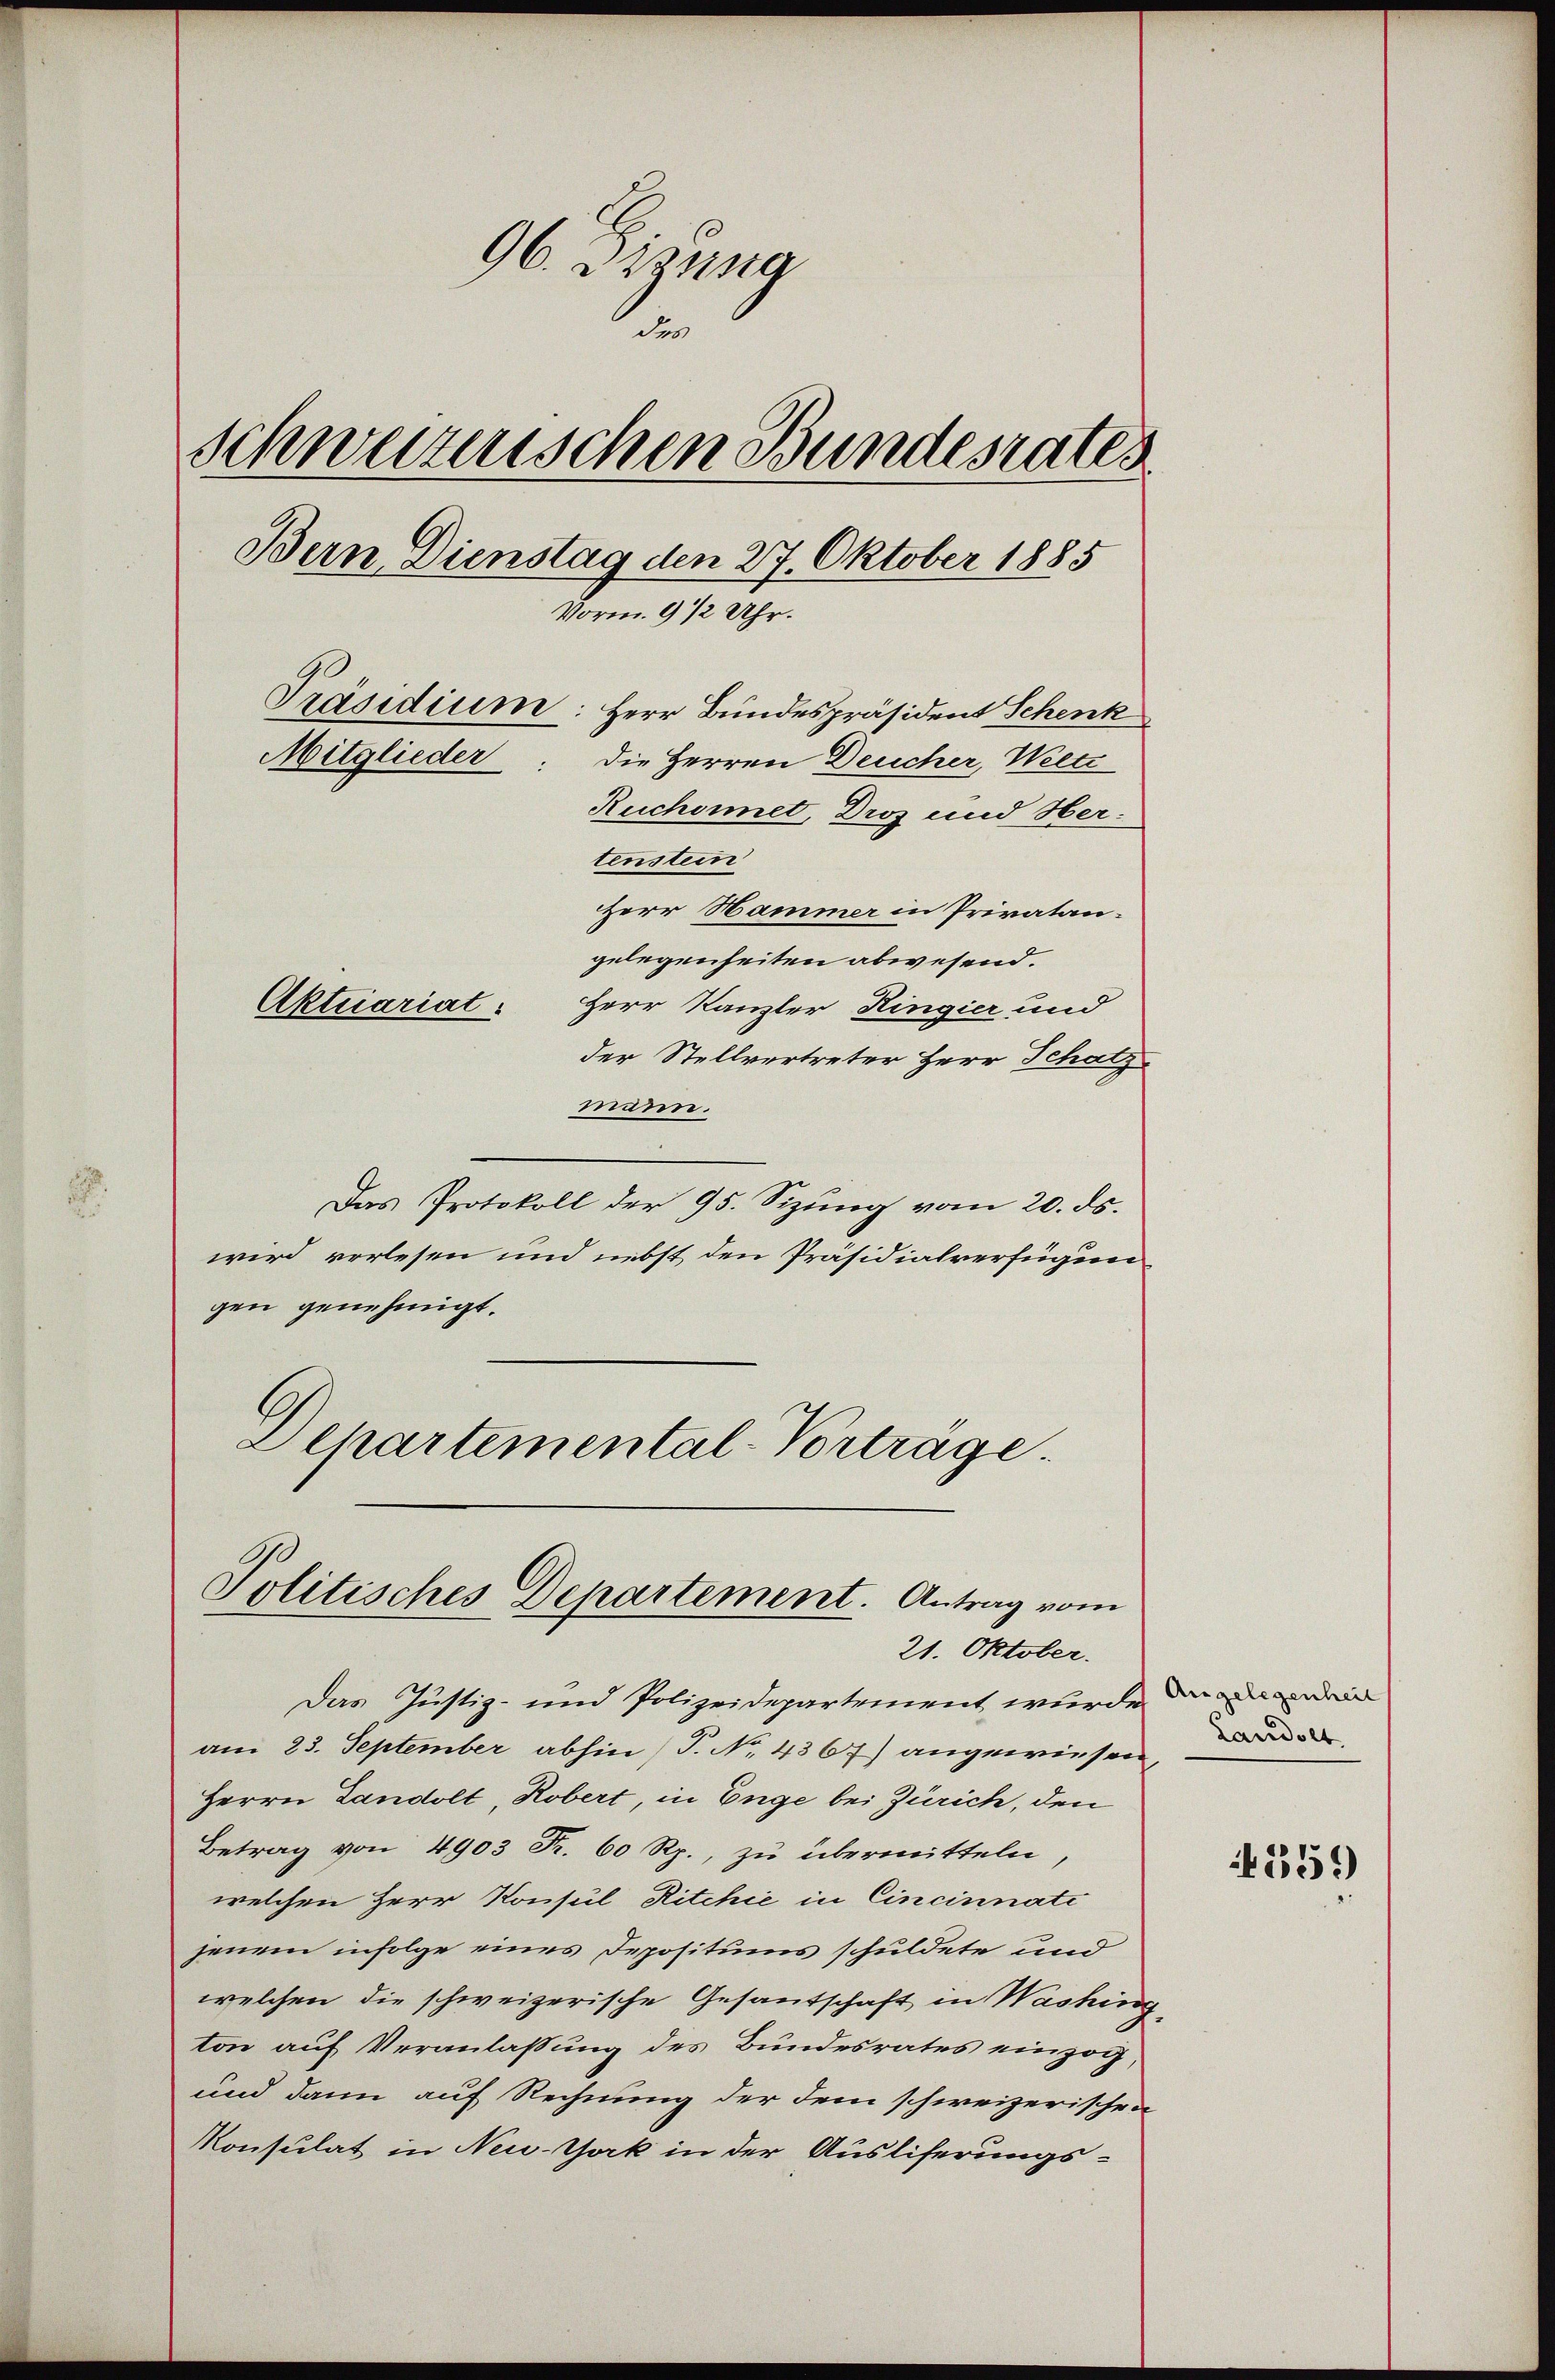
96. Sizung
des
schweizerischen Bundesrates
Bern Dienstag den 27. Oktober 1885
Vorm. 9 1/2 Uhr.
Präsidium: Herr Bundespräsident Schenk
Mitglieder: die Herren Deucher, Weetz
Ruchornet, Droz und Her-
tenstein

Herr Hammer in Privatan.
gelegenheiten abwesend.
Herr Kanzler Hingier und
der Stellvertreter Herr Schatz
mann.
Das Protokoll der 95. Sizung vom 20. ds.
wird verlesen und nebst den Präsidialverfügun
gen genehmigt.
Dehartemental-Vorträge.

Aktuariat:

Politisches Departement. Antrag vom
21. Oktober.

Das Justiz- und Polizeidepartement wurde
am 23. September abhin) P. No. 436 7) angewiesen,
Herrn Landolt, Robert, in Enge bei Zürich, den
Betrag von 4903 Fr. 60 Rp., zu übermitteln,
welchen Herr Konsul Ritchie in Cincinnate
jenem infolge eines Depositums schuldete und
welchen die schweizerische Gesandschaft in Washing
ton auf Veranlassung des Bundesrates einzog,
und dann auf Rechnung der dem schweizerischen
Konsulat in New-York in der Ausliferungs-

Landolt

1359)